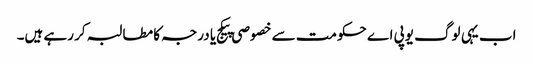
اب یہی لوگ یوپی اے حکومت سے خصوصی پیکج یا درجہ کا مطالبہ کر رہے ہیں۔